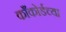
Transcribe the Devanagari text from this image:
काँकोर्डच्या